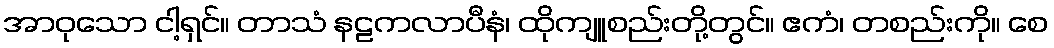
အာဝုသော ငါ့ရှင်။ တာသံ နဠကလာပီနံ၊ ထိုကျူစည်းတို့တွင်။ ဧကံ၊ တစည်းကို။ စေ